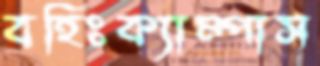
বহিঃক্যাম্পাস